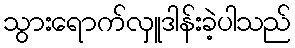
သွားရောက်လှူဒါန်းခဲ့ပါသည်